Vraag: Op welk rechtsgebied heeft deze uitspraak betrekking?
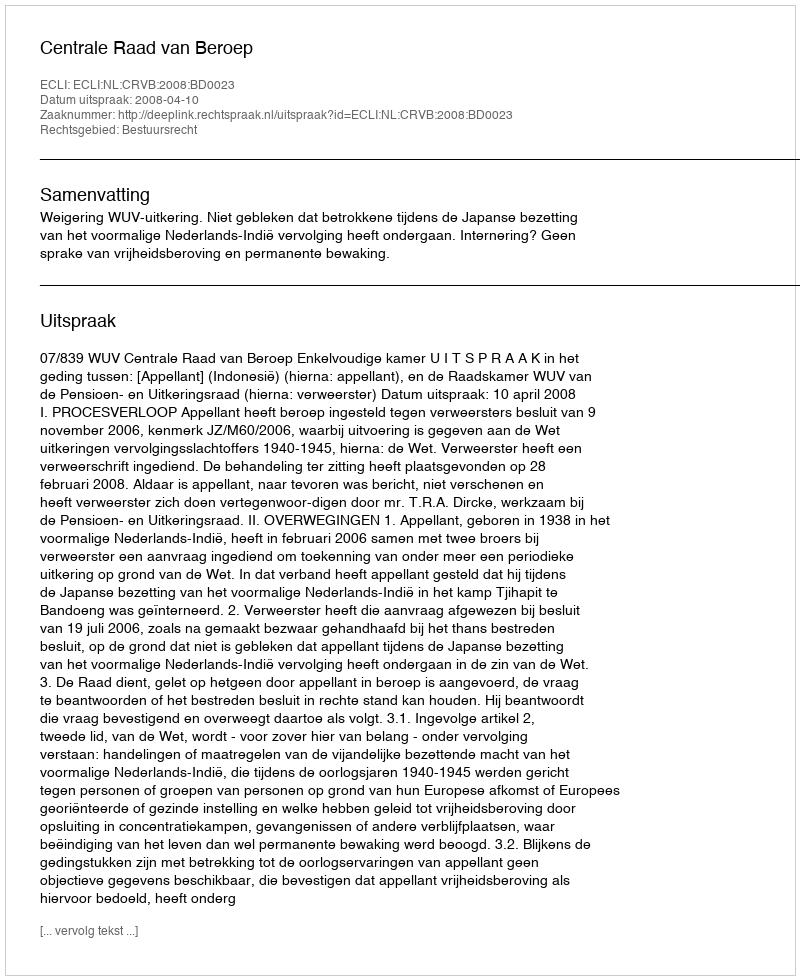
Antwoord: Bestuursrecht